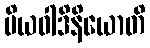
ပိယဝါဒိနိယောတိ